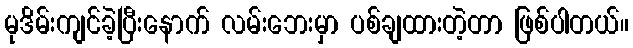
မုဒိမ်းကျင်ခဲ့ပြီးနောက် လမ်းဘေးမှာ ပစ်ချထားတဲ့တာ ဖြစ်ပါတယ်။